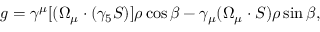
g = \gamma ^ { \mu } [ ( \Omega _ { \mu } \cdot ( \gamma _ { 5 } S ) ] \rho \cos { \beta } - \gamma _ { \mu } ( \Omega _ { \mu } \cdot S ) \rho \sin { \beta } ,